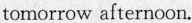
tomorrow afternoon.